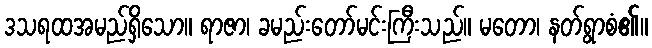
ဒသရထအမည်ရှိသော။ ရာဇာ၊ ခမည်းတော်မင်းကြီးသည်။ မတော၊ နတ်ရွာစံ၏။